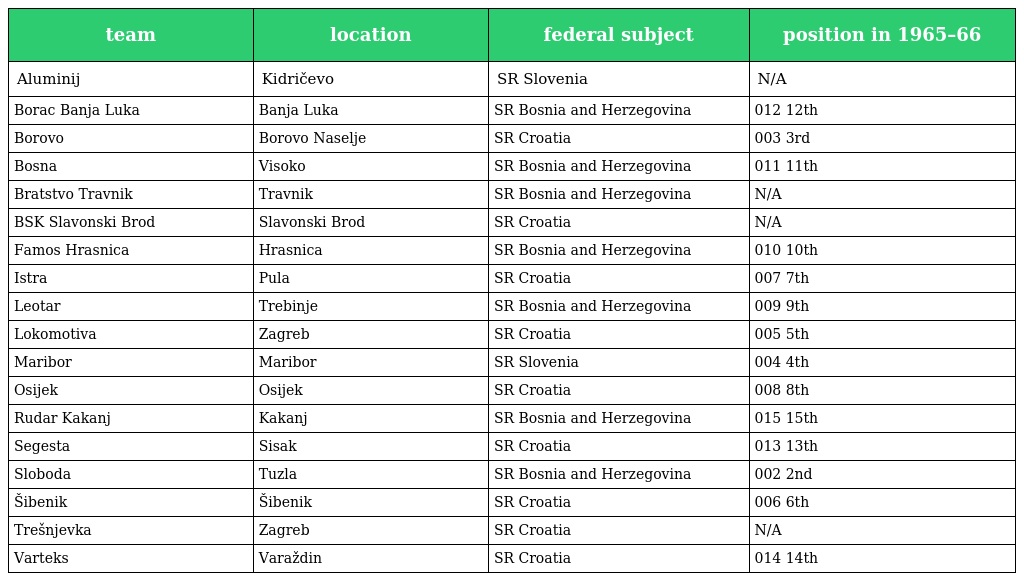
| team | location | federal subject | position in 1965–66 |
 | --- | --- | --- | --- |
 | Aluminij | Kidričevo | SR Slovenia | N/A |
 | Borac Banja Luka | Banja Luka | SR Bosnia and Herzegovina | 012 12th |
 | Borovo | Borovo Naselje | SR Croatia | 003 3rd |
 | Bosna | Visoko | SR Bosnia and Herzegovina | 011 11th |
 | Bratstvo Travnik | Travnik | SR Bosnia and Herzegovina | N/A |
 | BSK Slavonski Brod | Slavonski Brod | SR Croatia | N/A |
 | Famos Hrasnica | Hrasnica | SR Bosnia and Herzegovina | 010 10th |
 | Istra | Pula | SR Croatia | 007 7th |
 | Leotar | Trebinje | SR Bosnia and Herzegovina | 009 9th |
 | Lokomotiva | Zagreb | SR Croatia | 005 5th |
 | Maribor | Maribor | SR Slovenia | 004 4th |
 | Osijek | Osijek | SR Croatia | 008 8th |
 | Rudar Kakanj | Kakanj | SR Bosnia and Herzegovina | 015 15th |
 | Segesta | Sisak | SR Croatia | 013 13th |
 | Sloboda | Tuzla | SR Bosnia and Herzegovina | 002 2nd |
 | Šibenik | Šibenik | SR Croatia | 006 6th |
 | Trešnjevka | Zagreb | SR Croatia | N/A |
 | Varteks | Varaždin | SR Croatia | 014 14th |